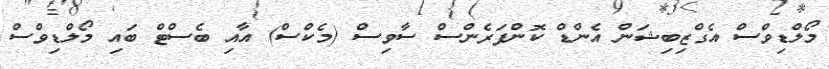
މޯލްޑިވްސް އެގްޒިބިޝަން އެންޑް ކޮންފަރެންސް ސާވިސް (މެކްސް) އާއި ބެސްޓް ބައި މޯލްޑިވްސް